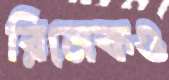
রিমেকও